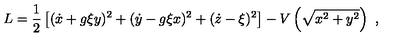
L = \frac { 1 } { 2 } \left[ ( \dot { x } + g \xi y ) ^ { 2 } + ( \dot { y } - g \xi x ) ^ { 2 } + ( \dot { z } - \xi ) ^ { 2 } \right] - V \left( \sqrt { x ^ { 2 } + y ^ { 2 } } \right) \ ,